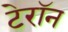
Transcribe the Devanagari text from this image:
टेरॉन